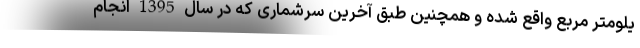
یلومتر مربع واقع شده و همچنین طبق آخرین سرشماری که در سال 1395 انجام